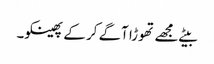
بیٹے مجھے تھوڑا آگے کر کے پھینکو۔